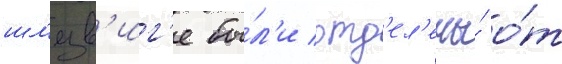
шл'езв'иг'е бы́л'и отд'ел'ены́ о́т